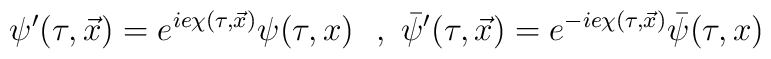
\psi'(\tau,\vec x)=e^{ie\chi(\tau,\vec x)}\psi(\tau,x){}~~,~\bar\psi'(\tau,\vec x)=e^{-ie\chi(\tau,\vec x)}\bar\psi(\tau,x)